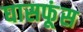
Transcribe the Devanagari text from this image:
घासफूंस